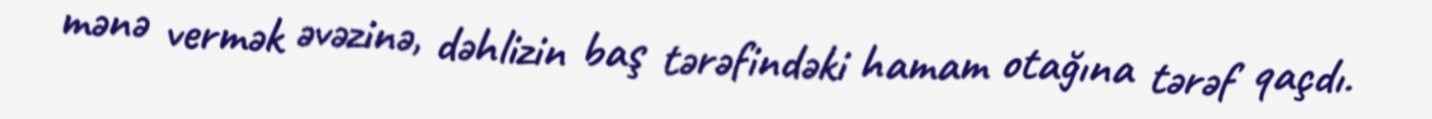
mənə vermək əvəzinə, dəhlizin baş tərəfindəki hamam otağına tərəf qaçdı.